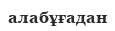
алабұғадан